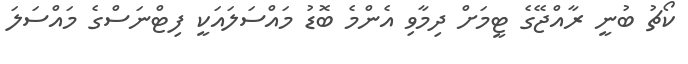
ކޯޗު ބުނީ ރާއްޖޭގެ ޓީމަށް ދިމާވި އެންމެ ބޮޑު މައްސަލައަކީ ފިޓްނަސްގެ މައްސަލަ